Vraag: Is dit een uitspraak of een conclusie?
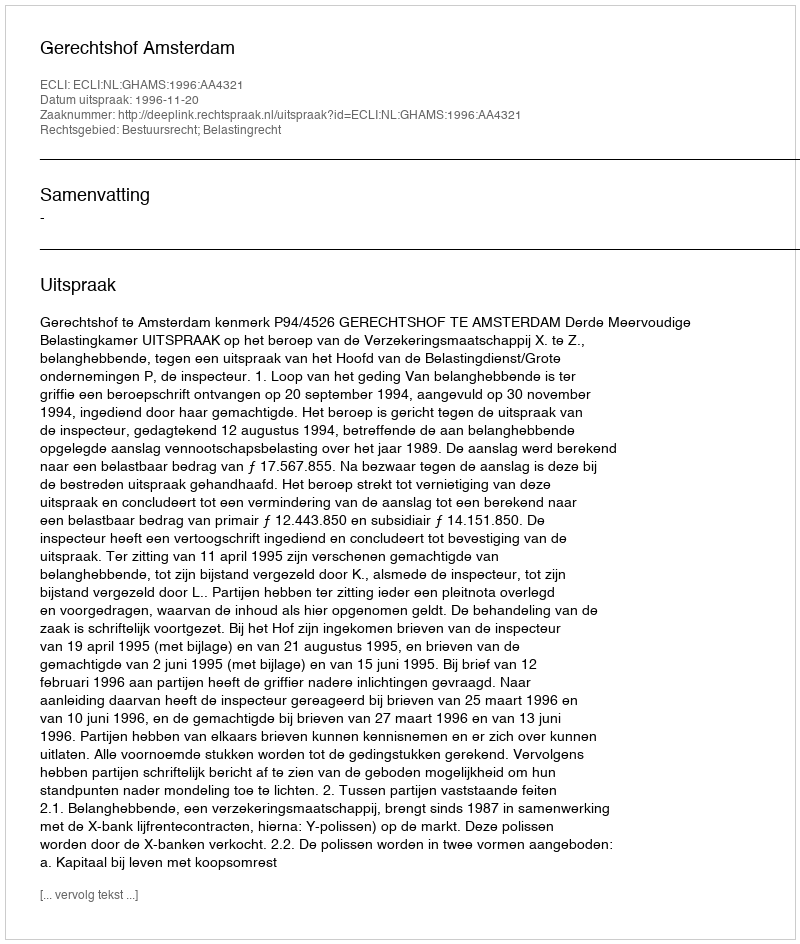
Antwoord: Uitspraak